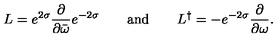
L = e ^ { 2 \sigma } \frac { \partial } { \partial \bar { \omega } } e ^ { - 2 \sigma } \qquad \mathrm { a n d } \qquad L ^ { \dag } = - e ^ { - 2 \sigma } \frac { \partial } { \partial \omega } .